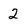
Character: 2